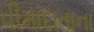
વીમાદાતાના